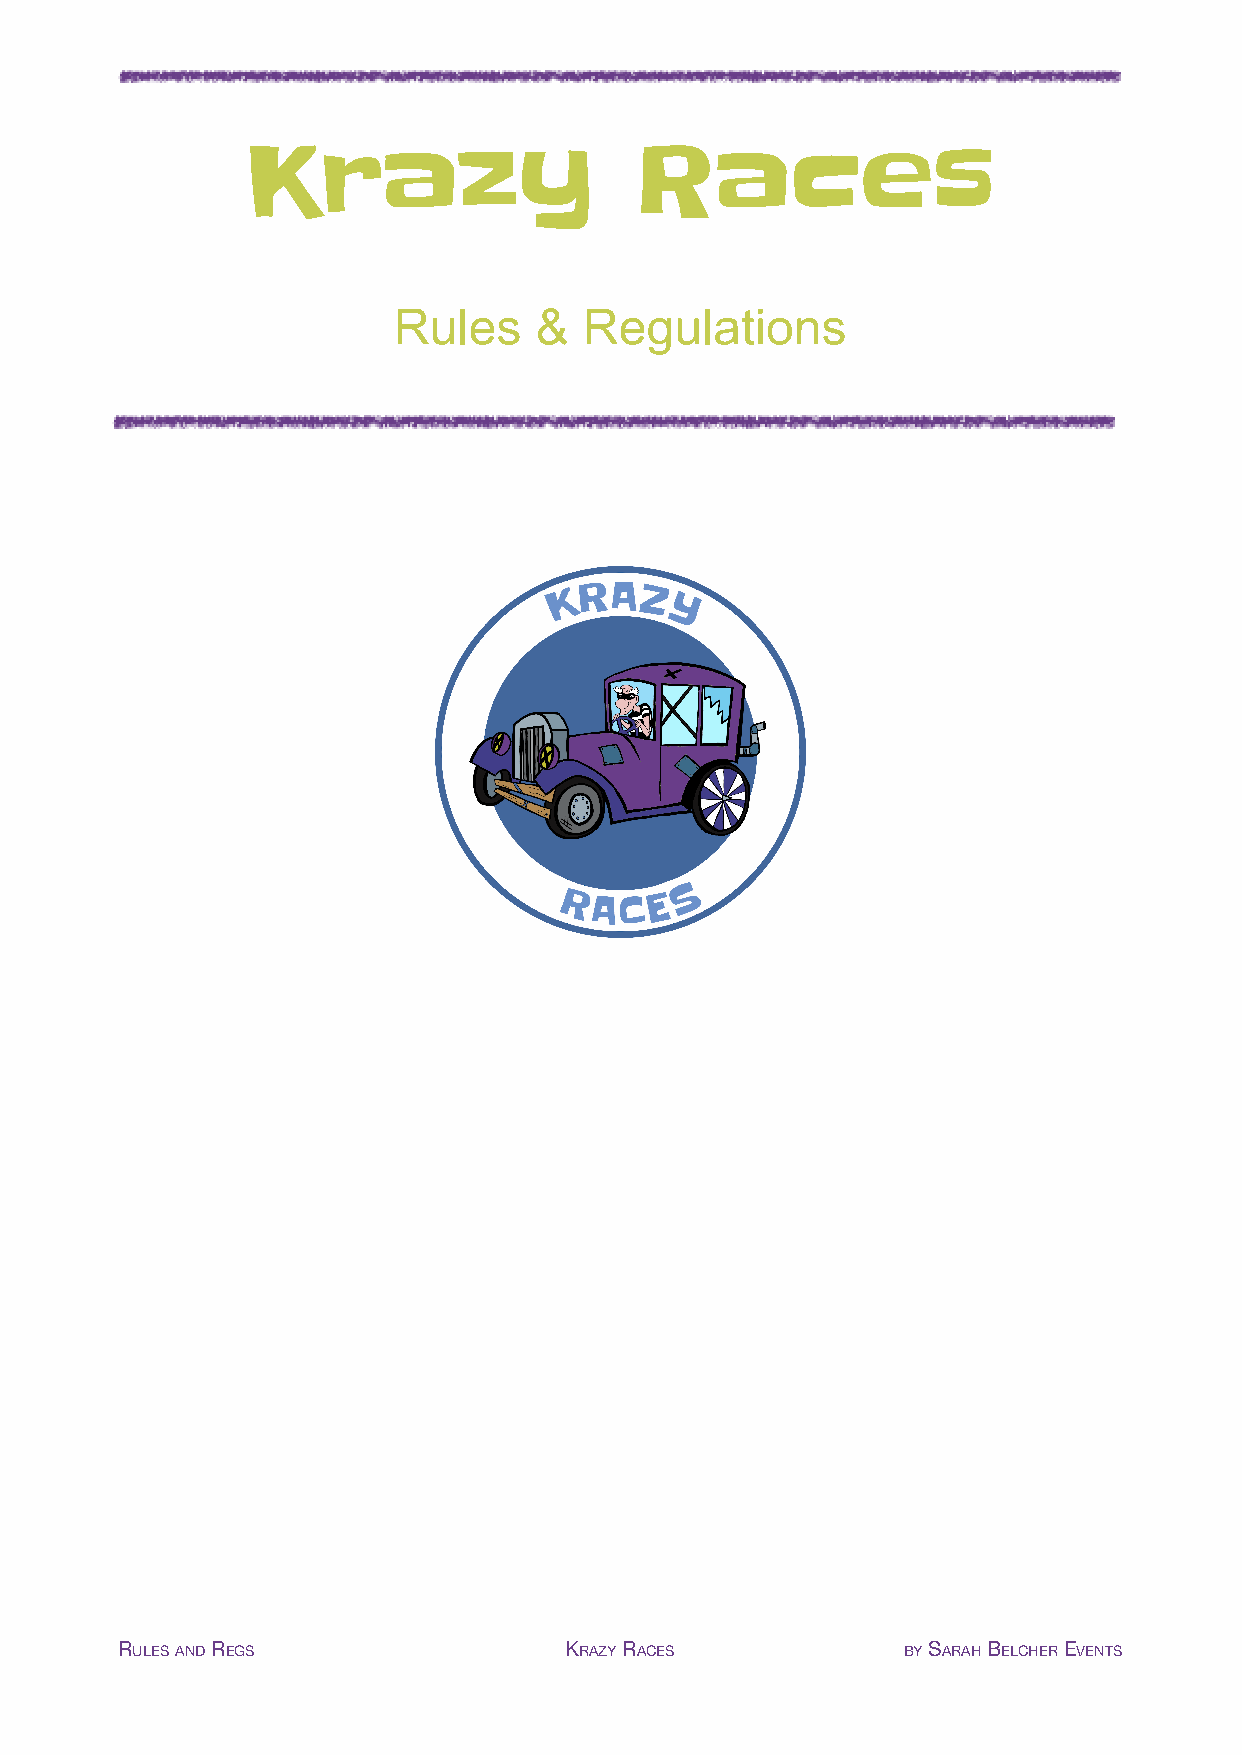
Krazy                     Races
 Rules    &   Regulations
 RULESANDREGS                 KRAZYRACES             BYSARAHBELCHEREVENTS